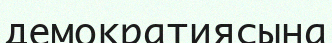
демократиясына